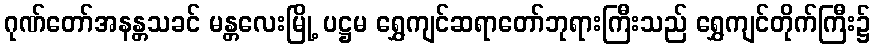
ဂုဏ်တော်အနန္တသခင် မန္တလေးမြို့ ပဋ္ဌမ ရွှေကျင်ဆရာတော်ဘုရားကြီးသည် ရွှေကျင်တိုက်ကြီး၌